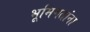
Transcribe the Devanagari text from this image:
भूमिगतांना